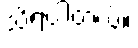
သိရပါတယ်။